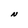
Character: N